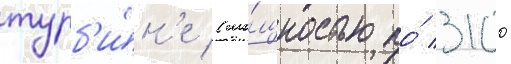
турб'и́н'е (мо́щностью по́ 3100